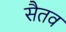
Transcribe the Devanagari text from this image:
सैतव